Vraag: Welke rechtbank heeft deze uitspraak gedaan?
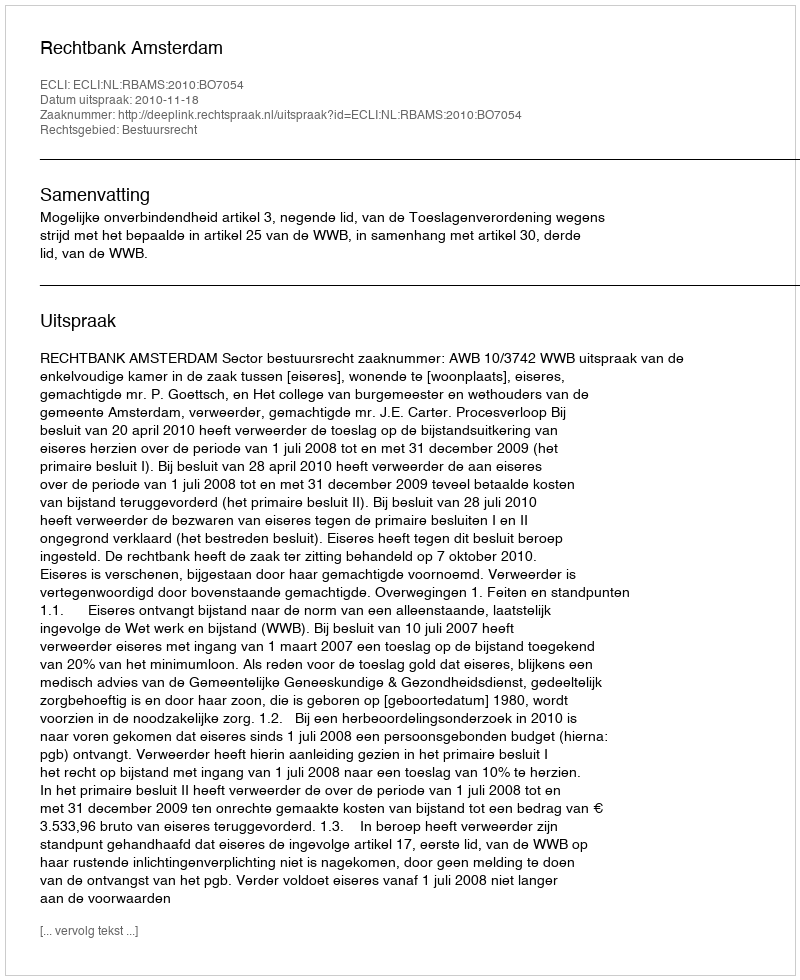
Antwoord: Rechtbank Amsterdam